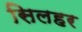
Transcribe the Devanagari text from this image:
सिलहर